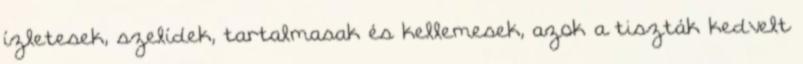
ízletesek, szelídek, tartalmasak és kellemesek, azok a tiszták kedvelt